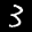
Label: 3